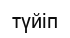
түйіп